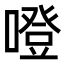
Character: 噔